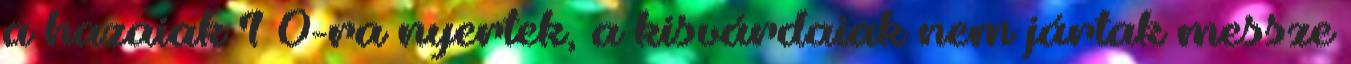
a hazaiak 1–0-ra nyertek, a kisvárdaiak nem jártak messze